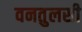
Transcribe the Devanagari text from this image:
वनतुलसी